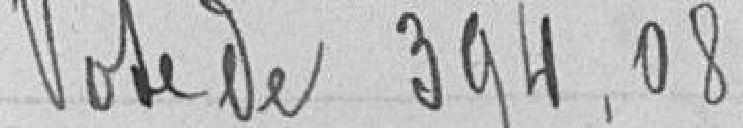
Vote de 394.08